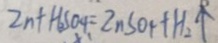
Z n + H _ { 2 } S O _ { 4 } = Z n S O _ { 4 } + H _ { 2 } \uparrow